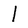
Character: l